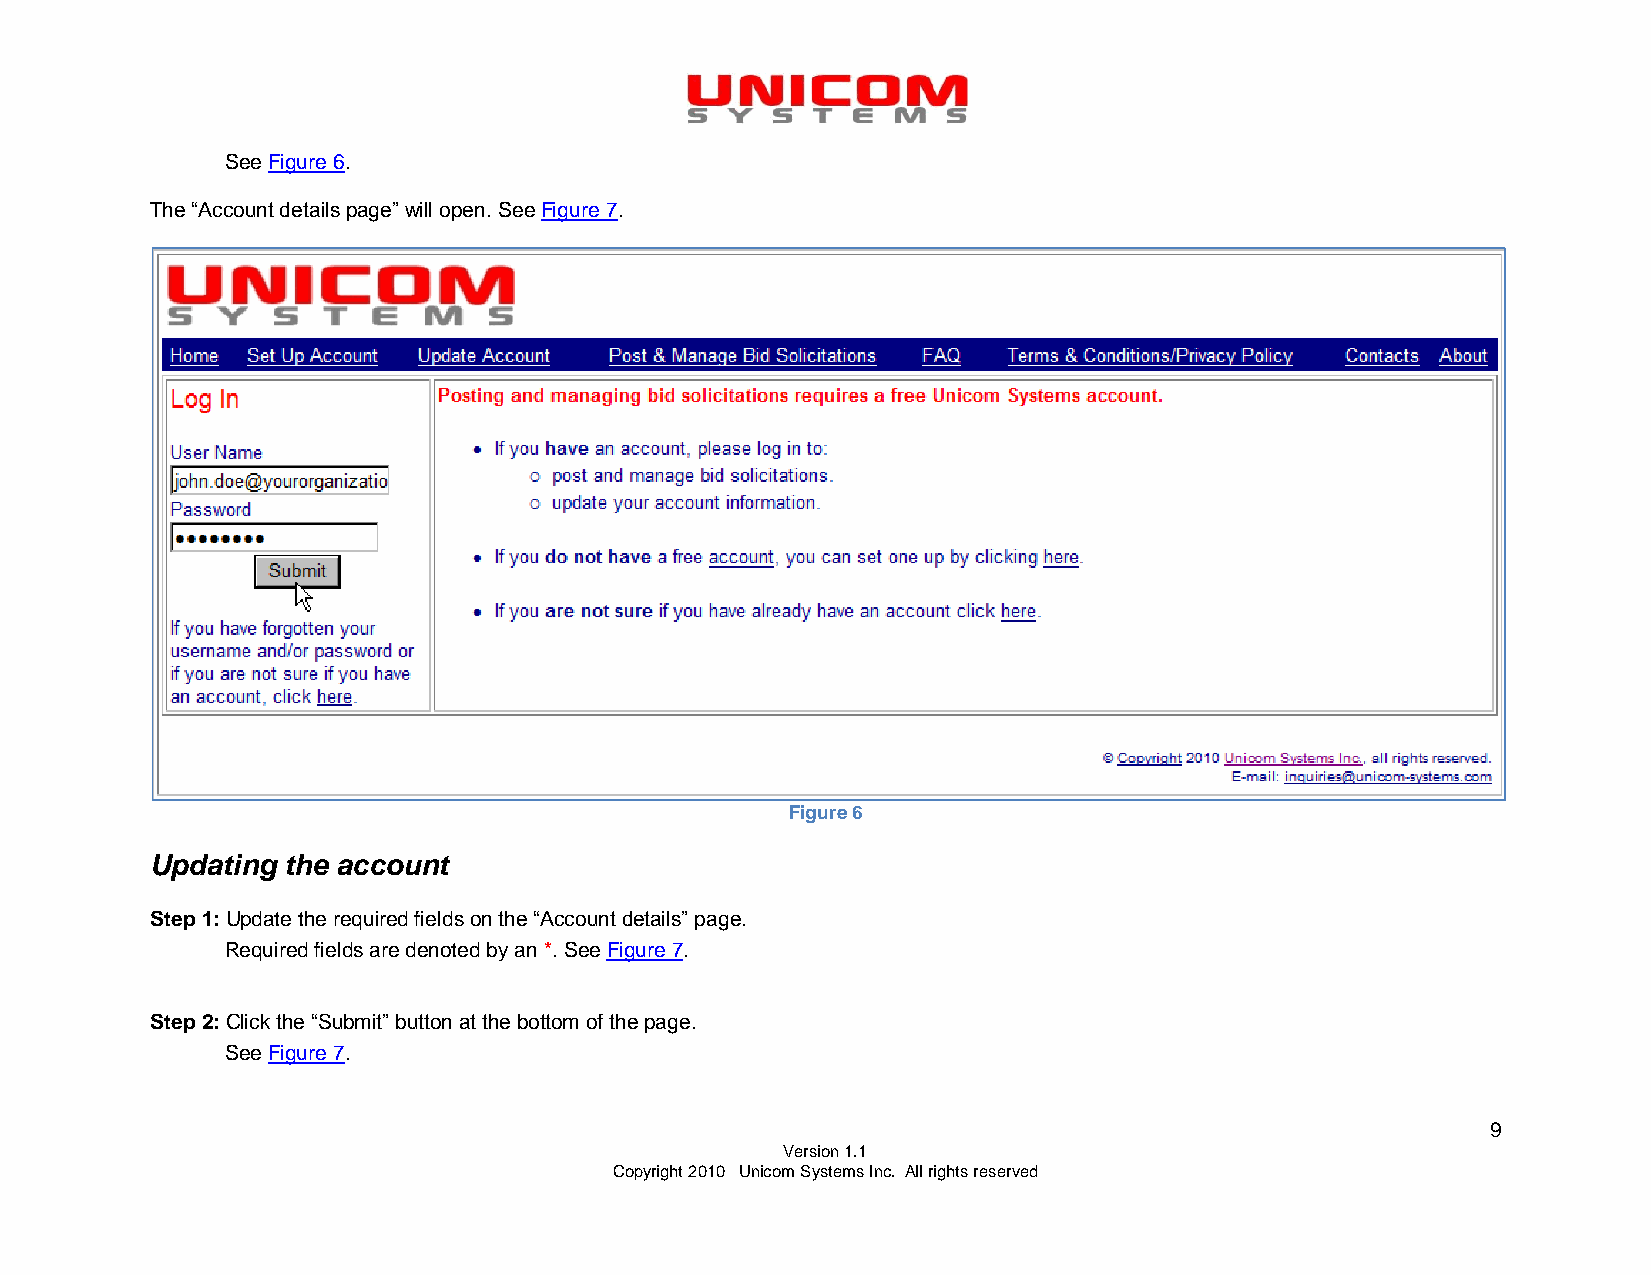
See Figure 6.
 The “Account details page” will open. See Figure 7.
 Figure 6
 Updating the account
 Step 1: Update the required fields on the “Account details” page.
 Required fields are denoted by an *. See Figure 7.
 Step 2: Click the “Submit” button at the bottom of the page.
 See Figure 7.
 9
 Version 1.1
 Copyright 2010 Unicom Systems Inc. All rights reserved